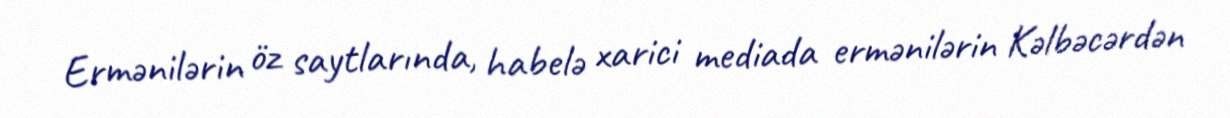
Ermənilərin öz saytlarında, habelə xarici mediada ermənilərin Kəlbəcərdən